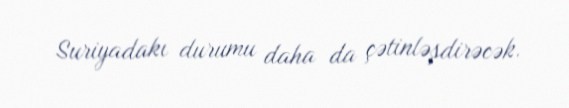
Suriyadakı durumu daha da çətinləşdirəcək.